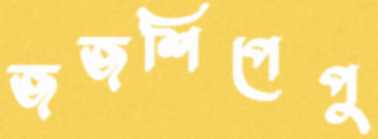
জজশিপেপু